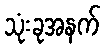
သုံးခုအနက်